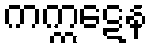
ကက္ကဋေန